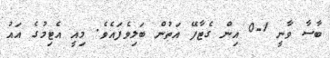
ބާސާ ވާނީ 1-0 އިން ގެޓާފޭ އަތުން ބަލިވެފައެވެ. މިއީ އެޓިމުގެ އައު